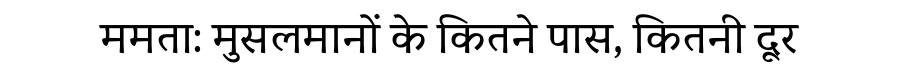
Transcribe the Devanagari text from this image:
ममता: मुसलमानों के कितने पास, कितनी दूर